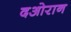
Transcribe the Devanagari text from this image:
दओरान